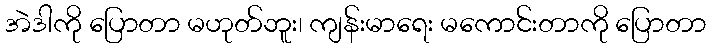
အဲဒါကို ပြောတာ မဟုတ်ဘူး၊ ကျန်းမာရေး မကောင်းတာကို ပြောတာ